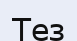
Тез